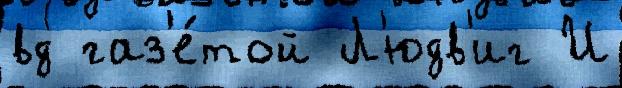
вд газ'е́той Л'юдв'иг И